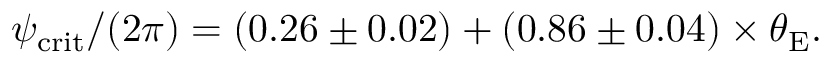
\begin{array} { r } { \psi _ { \mathrm { c r i t } } / ( 2 \pi ) = \left( 0 . 2 6 \pm 0 . 0 2 \right) + \left( 0 . 8 6 \pm 0 . 0 4 \right) \times \theta _ { \mathrm { E } } . } \end{array}